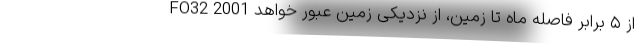
FO32 2001 از ۵ برابر فاصله ماه تا زمین، از نزدیکی زمین عبور خواهد